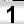
Digit: 1